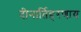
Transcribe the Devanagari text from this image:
दीनार्तिहरणाय